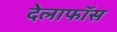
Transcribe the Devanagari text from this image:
देलाफॉस